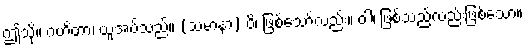
ဤသို့။ ဂဟိတာ၊ ယူအပ်သည်။ (သမာနာ) ပိ၊ ဖြစ်သော်လည်း။ ဝါ၊ ဖြစ်သည်လည်းဖြစ်သော။